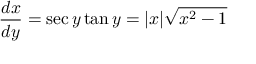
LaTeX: { \frac { d x } { d y } } = \sec y \tan y = | x | { \sqrt { x ^ { 2 } - 1 } }